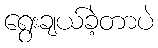
ရွေးချယ်ခဲ့တာပဲ